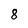
Character: 8